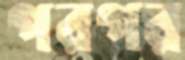
পরপর